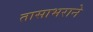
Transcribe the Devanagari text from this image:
तासाभराने